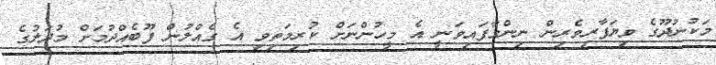
މަކުނުދޫގެ ވިޔަފާރިވެރިން ނިންމާފައިވަނީ އެ މީހުންނަށް ކުރިމަތިވި އެ ގެއްލުން ފޫބެއްދުމަށް މުދަލުގެ